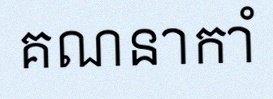
គណនាកាំ